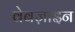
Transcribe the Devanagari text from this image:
वेबज़ाइन